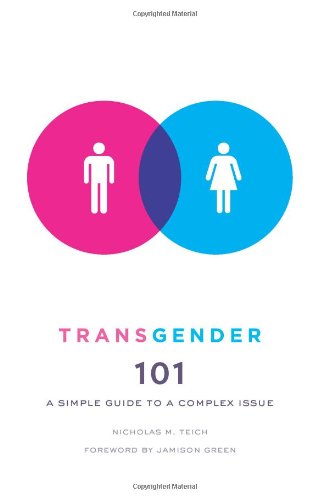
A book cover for Transgender 101: A Simple Guide to a Complex Issue; Nicholas M Teich; Gay & Lesbian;